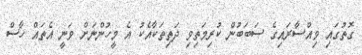
ގޮތުގައި ވިއްސާރައިގެ ސަބަބުން ކުރިމަތިވި ދަތިތަކާއެކު އެ މީހުންނަށް ވަނީ އެތައް ހާސް